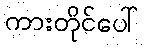
ကားတိုင်ပေါ်